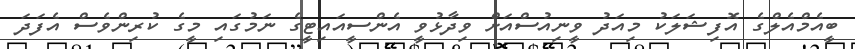
ބީއެމްއެލްގެ އޮފިޝަލަކު މިއަދު ވީނިއުސްއަށް ވިދާޅުވީ އެންސީއައިޓީގެ ނަމުގައި މީގެ ކުރިންވެސް އެފަދަ